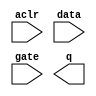
// megafunction wizard: %LPM_LATCH%VBB%
// GENERATION: STANDARD
// VERSION: WM1.0
// MODULE: lpm_latch 

// ============================================================
// Megafunction Name(s):
// 			lpm_latch
//
// Simulation Library Files(s):
// 			lpm
// ============================================================
// ************************************************************
// THIS IS A WIZARD-GENERATED FILE. DO NOT EDIT THIS FILE!
//
// 9.1 Build 222 10/21/2009 SP 0.08 SJ Full Version
// ************************************************************

//Copyright (C) 1991-2009 Altera Corporation
//Your use of Altera Corporation's design tools, logic functions 
//and other software and tools, and its AMPP partner logic 
//functions, and any output files from any of the foregoing 
//(including device programming or simulation files), and any 
//associated documentation or information are expressly subject 
//to the terms and conditions of the Altera Program License 
//Subscription Agreement, Altera MegaCore Function License 
//Agreement, or other applicable license agreement, including, 
//without limitation, that your use is for the sole purpose of 
//programming logic devices manufactured by Altera and sold by 
//Altera or its authorized distributors.  Please refer to the 
//applicable agreement for further details.

module ADD_LATCH (
	aclr,
	data,
	gate,
	q);

	input	  aclr;
	input	[5:0]  data;
	input	  gate;
	output	[5:0]  q;

endmodule

// ============================================================
// CNX file retrieval info
// ============================================================
// Retrieval info: PRIVATE: INTENDED_DEVICE_FAMILY STRING "Cyclone III"
// Retrieval info: PRIVATE: SYNTH_WRAPPER_GEN_POSTFIX STRING "0"
// Retrieval info: PRIVATE: aclr NUMERIC "1"
// Retrieval info: PRIVATE: aset NUMERIC "0"
// Retrieval info: PRIVATE: nBit NUMERIC "6"
// Retrieval info: CONSTANT: LPM_TYPE STRING "LPM_LATCH"
// Retrieval info: CONSTANT: LPM_WIDTH NUMERIC "6"
// Retrieval info: USED_PORT: aclr 0 0 0 0 INPUT NODEFVAL aclr
// Retrieval info: USED_PORT: data 0 0 6 0 INPUT NODEFVAL data[5..0]
// Retrieval info: USED_PORT: gate 0 0 0 0 INPUT NODEFVAL gate
// Retrieval info: USED_PORT: q 0 0 6 0 OUTPUT NODEFVAL q[5..0]
// Retrieval info: CONNECT: @data 0 0 6 0 data 0 0 6 0
// Retrieval info: CONNECT: q 0 0 6 0 @q 0 0 6 0
// Retrieval info: CONNECT: @gate 0 0 0 0 gate 0 0 0 0
// Retrieval info: CONNECT: @aclr 0 0 0 0 aclr 0 0 0 0
// Retrieval info: LIBRARY: lpm lpm.lpm_components.all
// Retrieval info: GEN_FILE: TYPE_NORMAL ADD_LATCH.v TRUE
// Retrieval info: GEN_FILE: TYPE_NORMAL ADD_LATCH.inc TRUE
// Retrieval info: GEN_FILE: TYPE_NORMAL ADD_LATCH.cmp TRUE
// Retrieval info: GEN_FILE: TYPE_NORMAL ADD_LATCH.bsf TRUE FALSE
// Retrieval info: GEN_FILE: TYPE_NORMAL ADD_LATCH_inst.v TRUE
// Retrieval info: GEN_FILE: TYPE_NORMAL ADD_LATCH_bb.v TRUE
// Retrieval info: LIB_FILE: lpm